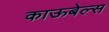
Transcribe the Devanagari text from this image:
काऊबेल्स